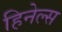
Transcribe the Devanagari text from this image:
हिनेल्स